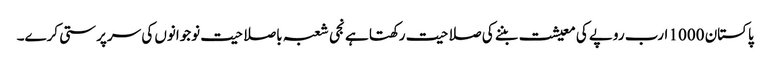
پاکستان 1000 ارب روپے کی معیشت بننے کی صلاحیت رکھتا ہے نجی شعبہ باصلاحیت نوجوانوں کی سرپرستی کرے۔